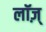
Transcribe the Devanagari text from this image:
लॉज़्